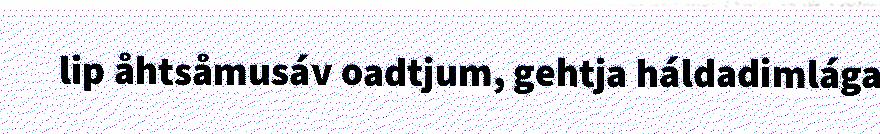
lip åhtsåmusáv oadtjum, gehtja háldadimlága